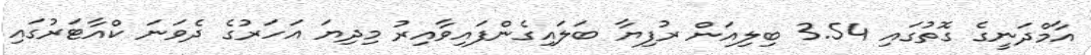
އާމްދަނީގެ ގޮތުގައި 3.54 ބިލިއަން ރުފިޔާ ބަލައިގެންފައިވާއިރު މިދިޔަ އަހަރުގެ ދެވަނަ ކްއާޓަރުގައި